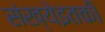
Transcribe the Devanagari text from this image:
संख्येइतकी